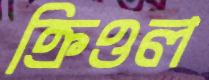
ক্রিওল